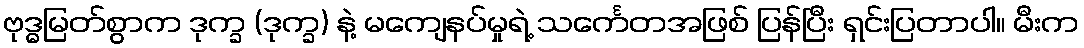
ဗုဒ္ဓမြတ်စွာက ဒုက္ခ (ဒုက္ခ) နဲ့ မကျေနပ်မှုရဲ့ သင်္ကေတအဖြစ် ပြန်ပြီး ရှင်းပြတာပါ။ မီးက